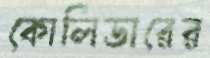
কোলিডারের